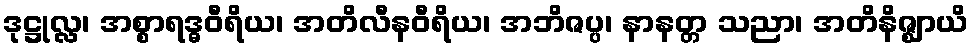
ဒုဋ္ဌုလ္လ၊ အစ္စာရဒ္ဓဝီရိယ၊ အတိလီနဝီရိယ၊ အဘိဇပ္ပ၊ နာနတ္တ သညာ၊ အတိနိဇ္ဈာယိ